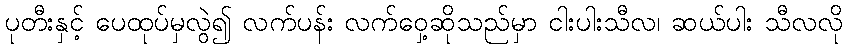
ပုတီးနှင့် ပေထုပ်မှလွဲ၍ လက်ပန်း လက်ဝှေ့ဆိုသည်မှာ ငါးပါးသီလ၊ ဆယ်ပါး သီလလို